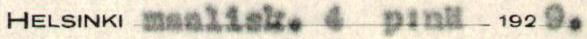
HELSINKI maalisk. 4 p:nä 1929.